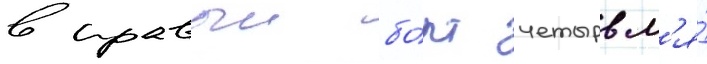
в правыи бо́рт четырьм'я́